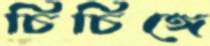
চিচিঙ্গে